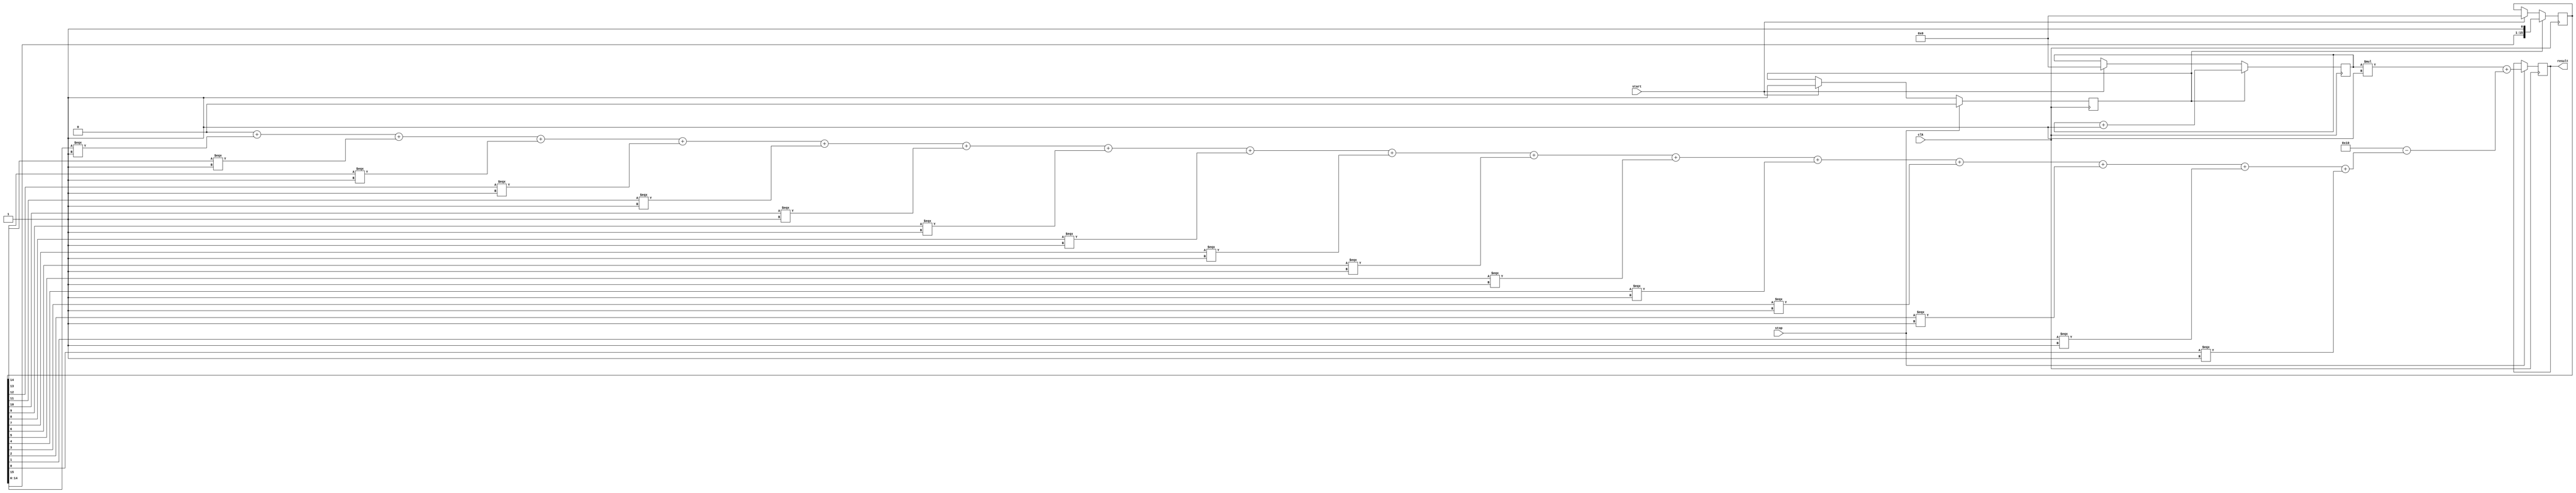
module TDC (
    input wire clk,          // System clock
    input wire start,        // Start signal
    input wire stop,         // Stop signal
    output reg [15:0] result // 16-bit digital output for time interval
);

    // Parameters for delay lines
    parameter NUM_DELAY_STAGES_A = 16; // Number of stages in Delay Line A
    parameter NUM_DELAY_STAGES_B = 16; // Number of stages in Delay Line B
    parameter DELAY_A = 2;  // Delay for each stage in Delay Line A (in system clock cycles)
    parameter DELAY_B = 1;  // Delay for each stage in Delay Line B (in system clock cycles)

    // Delay line registers
    reg [NUM_DELAY_STAGES_A-1:0] delay_line_a;
    reg [NUM_DELAY_STAGES_B-1:0] delay_line_b;

    // Counter for measuring time intervals
    reg [15:0] counter;
    reg measuring;

    // Initialize the counter and state on reset
    initial begin
        result = 0;
        counter = 0;
        measuring = 0;
    end

    // Main logic for TDC
    always @(posedge clk) begin
        if (start) begin
            // Reset the delay lines and counter on start
            delay_line_a <= 0;
            delay_line_b <= 0;
            counter <= 0;
            measuring <= 1;
        end
        
        if (measuring) begin
            // Shift delay lines with respective delays
            delay_line_a <= {delay_line_a[NUM_DELAY_STAGES_A-2:0], 1'b1}; // Push pulse into delay line A
            delay_line_b <= {delay_line_b[NUM_DELAY_STAGES_B-2:0], 1'b1}; // Push pulse into delay line B
            
            // Increment counter
            counter <= counter + 1;
        end
        
        if (stop) begin
            measuring <= 0; // Stop measuring
            // Sample the delay line states
            result <= (counter * DELAY_B) + (NUM_DELAY_STAGES_A - $countones(delay_line_a));
        end
    end

    // Function to count number of set bits in a vector
    function integer $countones;
        input [NUM_DELAY_STAGES_A-1:0] line;
        integer i;
        begin
            $countones = 0;
            for (i = 0; i < NUM_DELAY_STAGES_A; i = i + 1) begin
                if (line[i]) $countones = $countones + 1;
            end
        end
    endfunction

endmodule